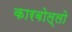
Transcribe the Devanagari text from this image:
कारबोल्लो